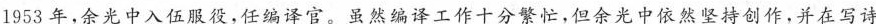
1953年，余光中入伍服役，任编译官，虽然编译工作十分繁忙，但余光中依然坚持创作，并在写诗